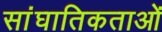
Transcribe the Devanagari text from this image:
सांघातिकताओं